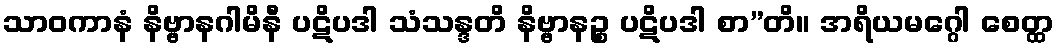
သာဝကာနံ နိဗ္ဗာနဂါမိနီ ပဋိပဒါ သံသန္ဒတိ နိဗ္ဗာနဉ္စ ပဋိပဒါ စာ”တိ။ အရိယမဂ္ဂေါ စေတ္ထ